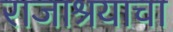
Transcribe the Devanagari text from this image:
राजाश्रयाचा